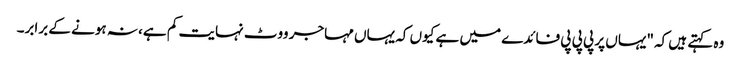
وہ کہتے ہیں کہ "یہاں پر پی پی پی فائدے میں ہے کیوں کہ یہاں مہاجر ووٹ نہایت کم ہے، نہ ہونے کے برابر۔